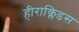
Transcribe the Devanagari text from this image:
हीराक्लिडस